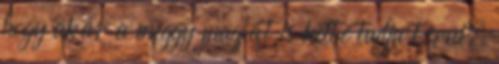
hogy akár a meggy magját is ketté tudja törni.